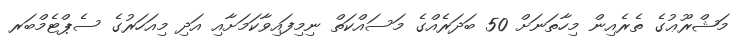
މަޝްރޫޢުގެ ތެރެއިން މިހާތަނަށް 50 ބަދަރެއްގެ މަަސައްކަތް ނިމިފައިވާކަމަށާއި އަދި މިއަހަރުގެ ސެޕްޓެމްބަރ